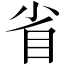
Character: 省